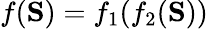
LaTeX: f(\mathbf{S})=f_{1}(f_{2}(\mathbf{S}))